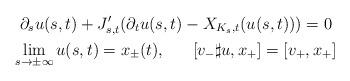
LaTeX: \begin{gather*}\partial_su(s,t)+J'_{s,t}(\partial_tu(s,t)-X_{K_{s},t}(u(s,t)))=0 \\\lim_{s\rightarrow \pm \infty}u(s,t)=x_{\pm}(t) ,\ \ \ \ \ [v_-\sharp u,x_+]=[v_+,x_+]\end{gather*}